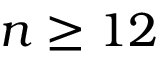
n \ge 1 2